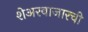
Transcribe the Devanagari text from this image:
शेअरबाजारची